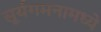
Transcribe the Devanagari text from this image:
सूर्यगमनामध्ये